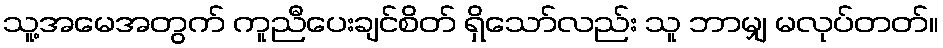
သူ့အမေအတွက် ကူညီပေးချင်စိတ် ရှိသော်လည်း သူ ဘာမျှ မလုပ်တတ်။